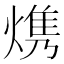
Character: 㷪